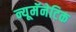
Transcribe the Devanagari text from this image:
न्यूमॅनेटिक